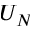
U _ { N }